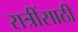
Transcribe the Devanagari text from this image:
रात्रींसाठी